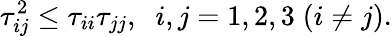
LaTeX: \tau_{ij}^{2}\leq\tau_{ii}\tau_{jj},\; \; i,j=1,2,3\; (i\neq j).